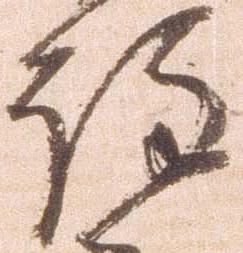
注